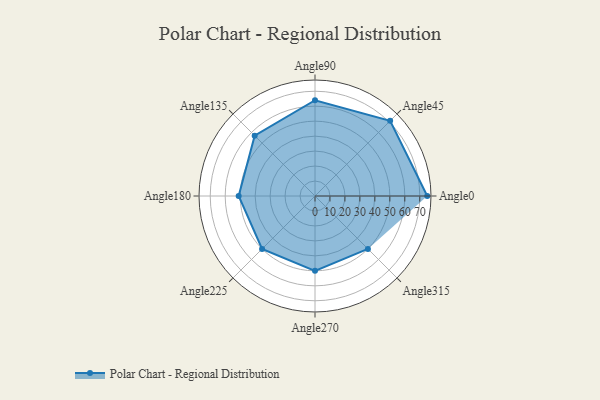
{"axis": {"x": "Angle", "y": "Radius"}, "legend": [""], "data": [{"x": "Angle0", "y": 75.0, "type": ""}, {"x": "Angle45", "y": 71.0, "type": ""}, {"x": "Angle90", "y": 64.0, "type": ""}, {"x": "Angle135", "y": 57.0, "type": ""}, {"x": "Angle180", "y": 51.0, "type": ""}, {"x": "Angle225", "y": 50, "type": ""}, {"x": "Angle270", "y": 50, "type": ""}, {"x": "Angle315", "y": 50, "type": ""}]}